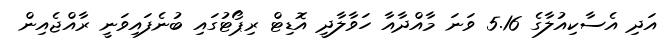
އަދި އެސާކިއުލާގެ 5.16 ވަނަ މާއްދާއާ ހަވާލާދީ އޮޑިޓް ރިޕޯޓުގައި ބުނެފައިވަނީ ރާއްޖެއިން